Report on plague and inoculation in the Punjab from October 1st ... to September 30th..., being the ... season of plague in the province
Disease focus: Plague
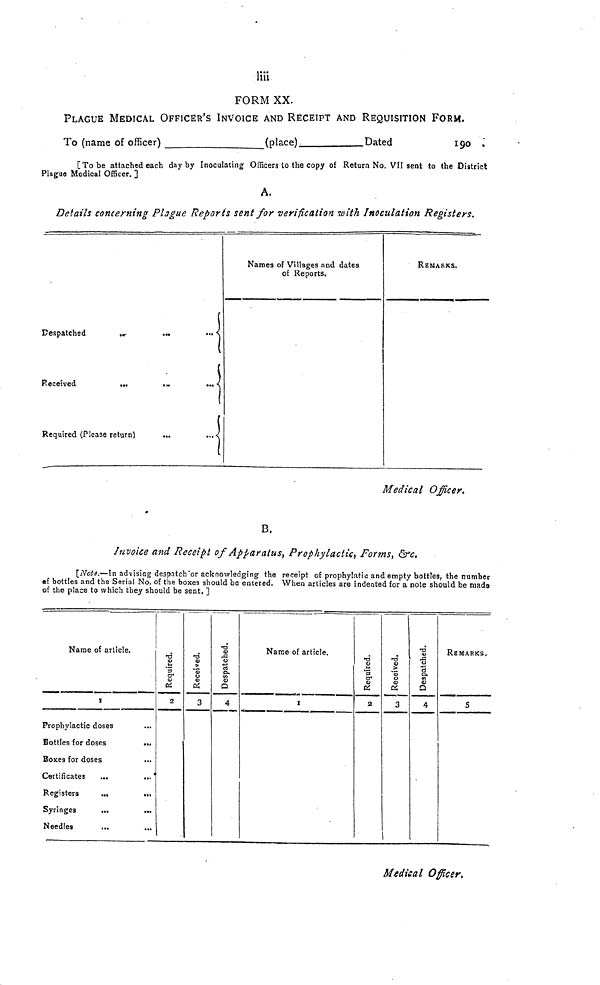
liii
FORM XX.
PLAGUE MEDICAL OFFICER'S INVOICE AND RECEIPT AND REQUISITION FORM.
To (name of officer)
(place);
Dated
190 .
[To be attached each day by Inoculating Officers to the copy of Return No. VII sent to the District
Plague Medical Officer. ]
A.
Details concerning Plague Reports sent for verification with Inoculation Registers.
Despatched
Received
Required (Please return)
Names of Villages and dates
of Reports.
REMARKS.
Medical Officer.
B.
Invoice and Receipt of Apparatus, Prophylactic, Forms, &c.
[Note,—In advising despatch or acknowledging the receipt of prophylatic and empty bottles, the number
of bottles and the Serial No. of the boxes should be entered. When articles are indented for a note should be ruada
of the place to which they should be sent. ]
Name of article.
1
Prophylactic doses
Bottles for doses
Boxes for doses
Certificates
...
..
Registers
...
...
Syringes
...
...
Needles
...
Required.
2
Received.
3
Despatched.
4
Name of article.
1
Required.
2
Received.
3
Despatched.
4
REMARKS,
5
Medical Officer,